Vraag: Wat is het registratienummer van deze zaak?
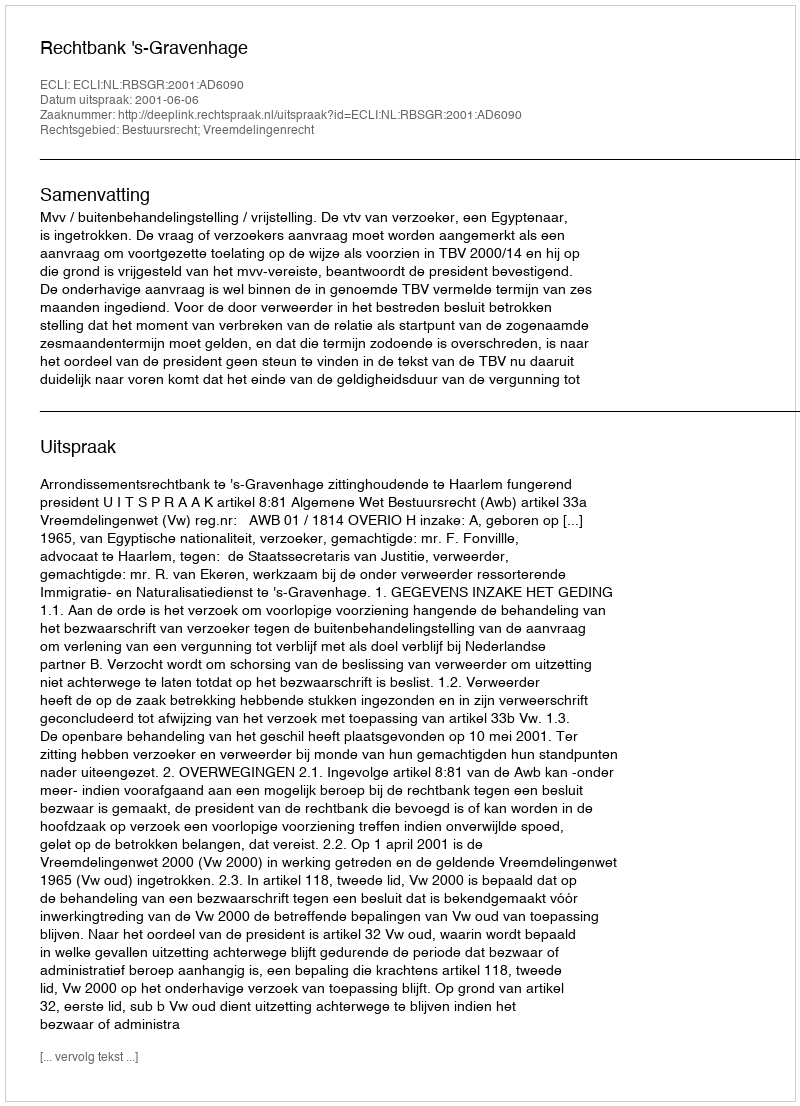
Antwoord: http://deeplink.rechtspraak.nl/uitspraak?id=ECLI:NL:RBSGR:2001:AD6090